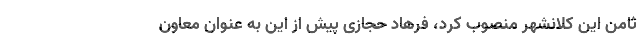
ثامن این کلانشهر منصوب کرد، فرهاد حجازی پیش از این به عنوان معاون